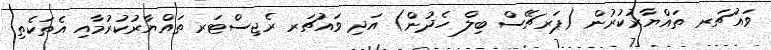
ވައުޗަރ ތައްޔާރުކުރުން (ޕަރޗޭސް ބިލް ހެދުން) އަދި ވައުޗަރ ރެޖިސްޓަރ ތައްޔާރުކުރުމާއި އެތަކެތި